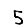
Digit: 5